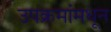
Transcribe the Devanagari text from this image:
उपक्रमांमधून